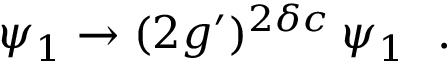
\psi _ { 1 } \rightarrow ( 2 g ^ { \prime } ) ^ { 2 \delta c } \: \psi _ { 1 } ~ ~ .